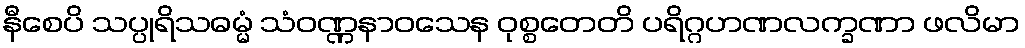
နီစေပိ သပ္ပုရိသဓမ္မံ သံဝဏ္ဏနာဝသေန ဝုစ္စတေတိ ပရိဂ္ဂဟဏလက္ခဏာ ဖလိမာ